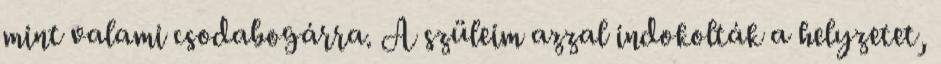
mint valami csodabogárra. A szüleim azzal indokolták a helyzetet,